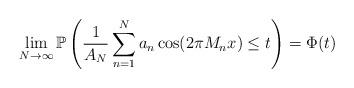
LaTeX: \begin{align*}\lim_{N\to\infty}\mathbb{P}\left(\frac{1}{A_N}\sum_{n=1}^Na_n\cos(2\pi M_nx)\leq t \right)=\Phi(t)\end{align*}